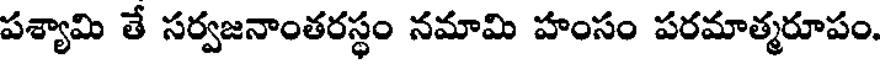
పశ్యామి తే సర్వజనాంతరస్థం నమామి హంసం పరమాత్మరూపం.